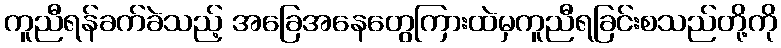
ကူညီရန်ခက်ခဲသည့် အခြေအနေတွေကြားထဲမှကူညီရခြင်းစသည်တို့ကို